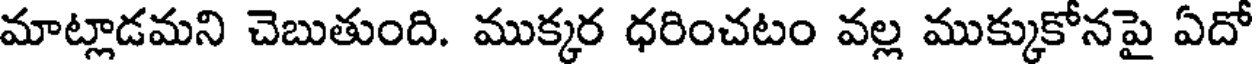
మాట్లాడమని చెబుతుంది. ముక్కర ధరించటం వల్ల ముక్కుకోనపై ఏదో